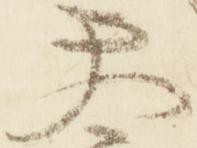
天